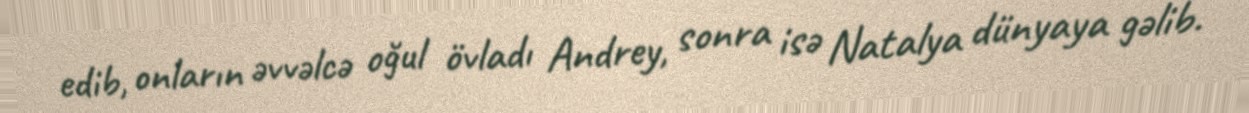
edib, onların əvvəlcə oğul övladı Andrey, sonra isə Natalya dünyaya gəlib.